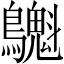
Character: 𪇫